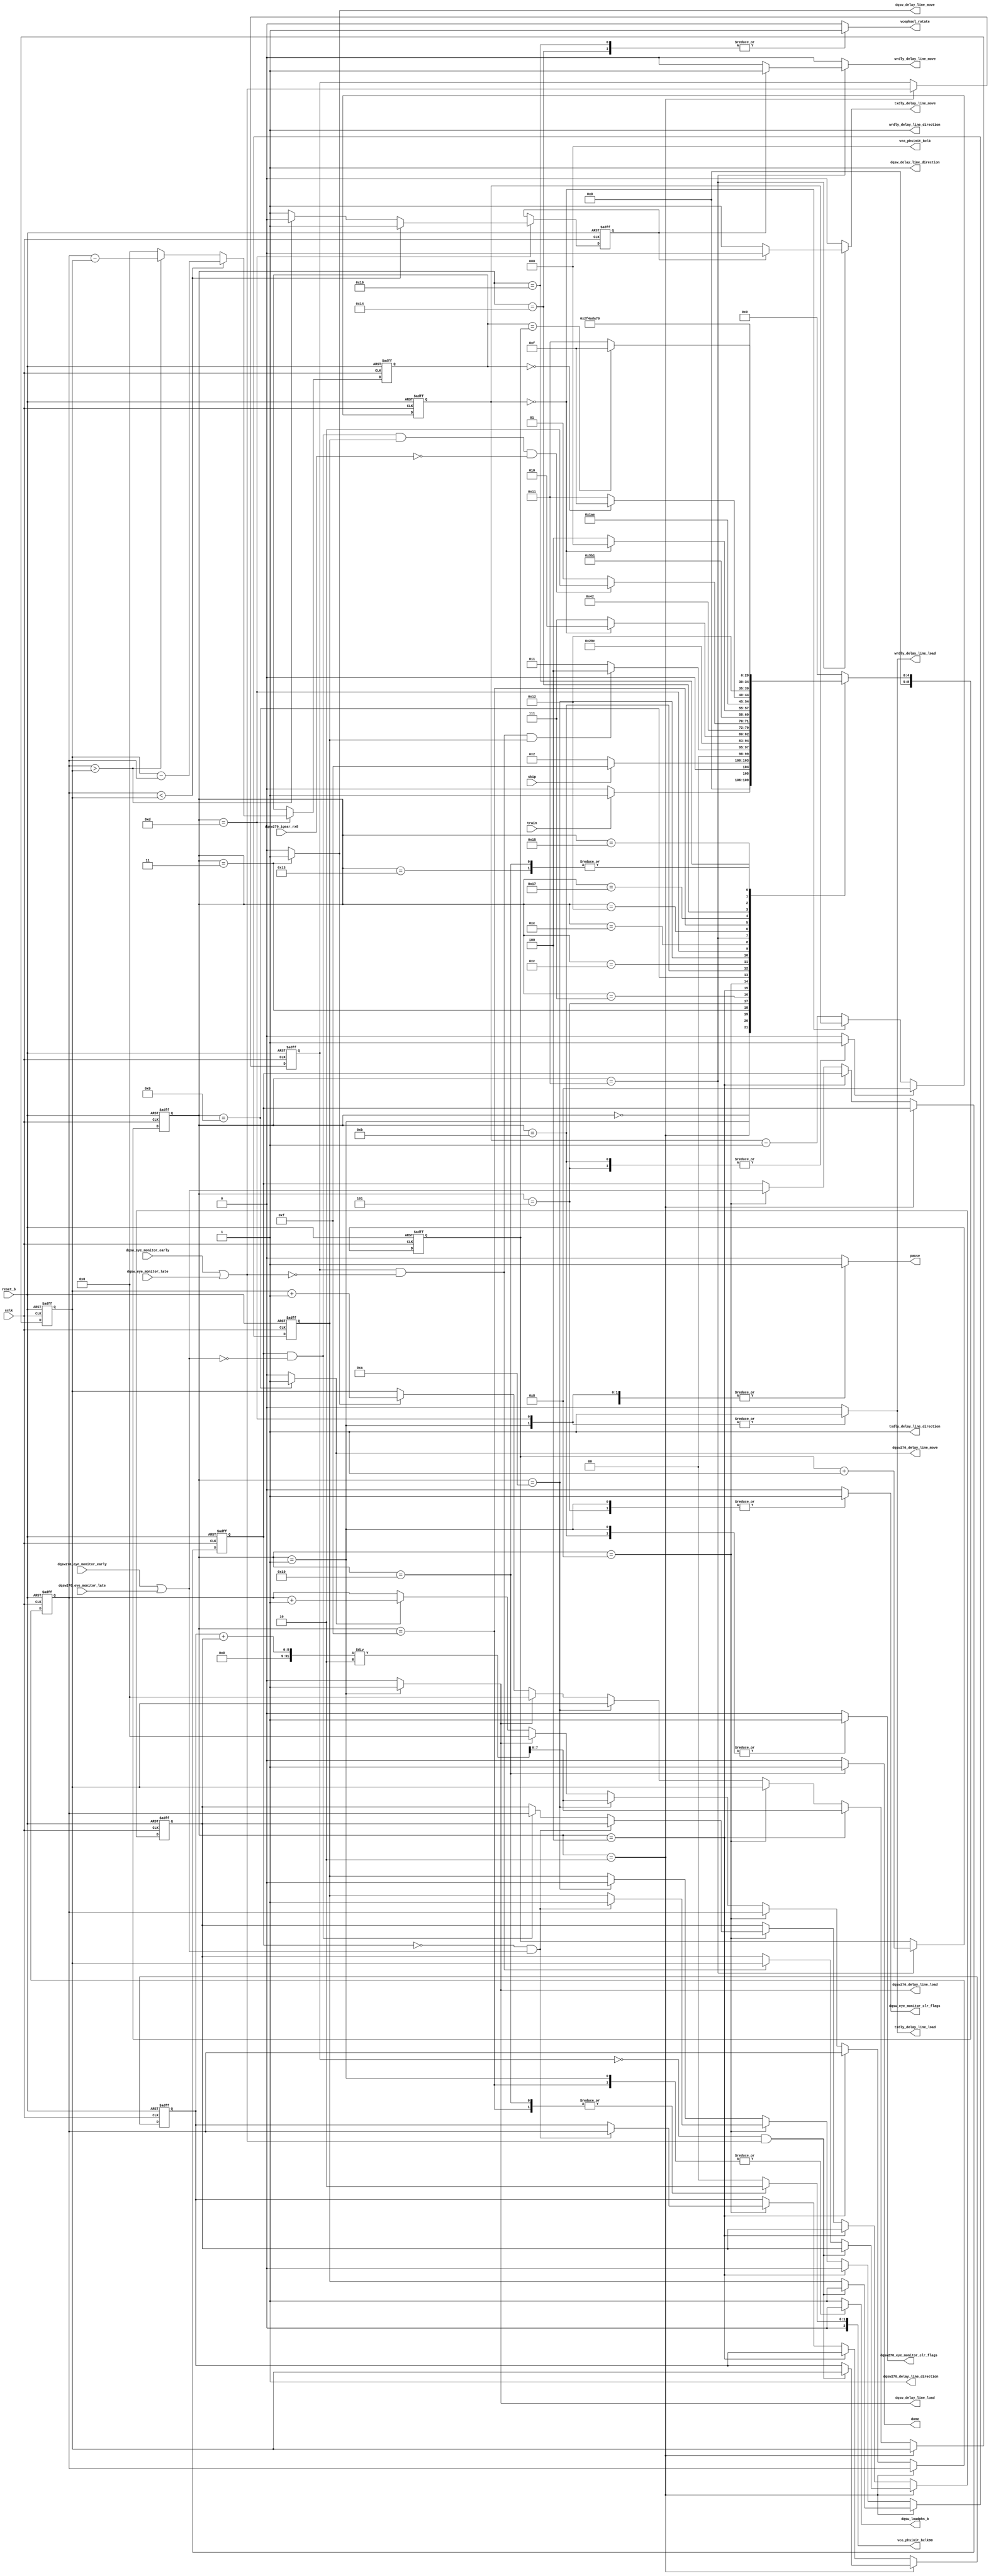
// *********************************************************************/ 
// Copyright (c) 2015 Microsemi Corporation.  All rights reserved.  
// 
// Any use or redistribution in part or in whole must be handled in 
// accordance with the Actel license agreement and must be approved 
// in advance in writing.  
//  
//     
// Description: training block for DQSW/DQSW270 to match delay between the two
//
// Notes:

// AS: Added 2/1/2016
//     Added new outputs for txdly and wrdly control
//     Added pause signal
// *********************************************************************/ 

module trn_dqsw (
  input                     sclk,
  input                     reset_b,
  input                     train,
  output reg               done,
  output reg         dqsw_loadphs_b,
  output reg             dqsw_eye_monitor_clr_flags,
  input              dqsw_eye_monitor_early,
  input              dqsw_eye_monitor_late,
  output reg             dqsw270_eye_monitor_clr_flags,
  input                 dqsw270_eye_monitor_early,
  input                 dqsw270_eye_monitor_late,
  output reg [2:0]        vco_phsinit_bclk,
  output reg [2:0]        vco_phsinit_bclk90,
  output reg             dqsw_delay_line_load,
  output reg             dqsw_delay_line_move,
  output reg             dqsw_delay_line_direction,
  output reg             dqsw270_delay_line_load,
  output reg             dqsw270_delay_line_move,
  output reg             dqsw270_delay_line_direction,
  output reg             wrdly_delay_line_load,
  output reg             wrdly_delay_line_move,
  output reg             wrdly_delay_line_direction,
  output reg             txdly_delay_line_load,
  output reg             txdly_delay_line_move,
  output reg             txdly_delay_line_direction,
  output reg             pause,
  output reg             vcophsel_rotate,
  input                  dqsw270_igear_rx8,
  // AS: added skip input
  input                  skip
  
);

// parameters
parameter [3:0] WAIT_COUNT = 4'h8;    // wait count for

// states
parameter SM_IDLE                       = 0;
parameter SM_LOAD                       = 1;
parameter SM_SWEEP_DQSW_START           = 2;
parameter SM_SWEEP_DQSW_MOVE            = 3;
parameter SM_SWEEP_DQSW_STORE           = 4;
parameter SM_SWEEP_DQSW_CLR_FLAGS       = 5;
parameter SM_SWEEP_DQSW_WAIT            = 7;
parameter SM_SWEEP_DQSW270_START        = 8;
parameter SM_SWEEP_DQSW270_MOVE         = 9;
parameter SM_SWEEP_DQSW270_STORE        = 10;
parameter SM_SWEEP_DQSW270_CLR_FLAGS    = 11;
parameter SM_SWEEP_DQSW270_WAIT         = 12;
parameter SM_CALCULATE_OFFSET           = 13;
parameter SM_CALCULATE_OFFSET_2         = 14;
parameter SM_RELOAD                     = 15;
parameter SM_DONE                       = 16;
parameter SM_SET_DELAY_MOVE             = 17;
parameter SM_SET_DELAY_WAIT             = 18;
parameter SM_PAUSE                      = 19;

// SAR 82438: added states for rotating twice instead
// of using vco_phsinit* signals
parameter SM_SET_PHS                    = 20;
parameter SM_SET_PHS_2                  = 21;
parameter SM_SET_PHS_3                  = 22;
parameter SM_WAIT_LOAD                  = 23;

// -------------------------------------------
// WIRES AND REGISTERS
// -------------------------------------------

reg [8:0] current_state;
reg [8:0] next_state;

// register for storing flag values
reg [7:0] tap_count_first, tap_count_last;
reg [7:0] tap_count_dqsw, tap_count_dqsw270;
reg [7:0] tap_offset, tap_offset_move_count;
reg dqsw_select;

wire dqsw_flag, dqsw270_flag;
reg dqsw_flag_reg, dqsw270_flag_reg;

reg noise_start;

// wait state counters for SM
reg [3:0] dly_cnt;
reg load_dly_cnt;

// -------------------------------------------
// INTERNAL SIGNAL ASSIGNMENTS
// -------------------------------------------

assign dqsw_flag = dqsw_eye_monitor_early | dqsw_eye_monitor_late;
assign dqsw270_flag = dqsw270_eye_monitor_early | dqsw270_eye_monitor_late;
// -------------------------------------------
// OUTPUT ASSIGNMENTS
// -------------------------------------------

always@(*)
begin : MOORE
  // output
  done = 1'b0;
  dqsw_loadphs_b = 1'b1;
  dqsw_eye_monitor_clr_flags = 1'b0;
  dqsw270_eye_monitor_clr_flags = 1'b0;
  vco_phsinit_bclk[2:0] = 3'b000;
  vco_phsinit_bclk90[2:0] = 3'b000;
  dqsw_delay_line_load = 1'b0;
  dqsw_delay_line_direction = 1'b1;
  dqsw270_delay_line_load = 1'b0;
  dqsw270_delay_line_direction = 1'b1;
  dqsw_delay_line_move = 1'b0;  
  dqsw270_delay_line_move = 1'b0;
  load_dly_cnt = 1'b0;
  wrdly_delay_line_load = 1'b0;
  wrdly_delay_line_move = 1'b0;
  wrdly_delay_line_direction = 1'b1;
  txdly_delay_line_load = 1'b0;
  txdly_delay_line_move = 1'b0;
  txdly_delay_line_direction = 1'b1;
  pause = 1'b0;
  vcophsel_rotate = 1'b0;
  
  case (current_state)
    SM_DONE:
      begin
        done = 1'b1;
        vco_phsinit_bclk90 = 3'b010; // 90 degree offset when done
      end
      
    SM_LOAD:
      begin
        dqsw_delay_line_load = 1'b1;
        dqsw270_delay_line_load = 1'b1;
        dqsw_loadphs_b = 1'b0;
        dqsw_eye_monitor_clr_flags = 1'b1;
        dqsw270_eye_monitor_clr_flags = 1'b1;
        wrdly_delay_line_load = 1'b1;
        txdly_delay_line_load = 1'b1;
        pause = 1'b1;
      end 
      
    SM_SWEEP_DQSW_MOVE:
      dqsw_delay_line_move = 1'b1;
    
    //SM_SWEEP_DQSW_STORE:
    //  tap_count_middle = (tap_count_first + tap_count_last) / 2;
      
    SM_SWEEP_DQSW_CLR_FLAGS:
    begin
      dqsw_eye_monitor_clr_flags = 1'b1;
      load_dly_cnt = 1'b1;
    end 
    
    
    SM_SWEEP_DQSW270_MOVE:
      dqsw270_delay_line_move = 1'b1;
    
    //SM_SWEEP_DQSW270_STORE:
    //  tap_count_middle = (tap_count_first + tap_count_last) / 2;
      
    SM_SWEEP_DQSW270_CLR_FLAGS:
    begin
      dqsw270_eye_monitor_clr_flags = 1'b1;
      load_dly_cnt = 1'b1;
    end 
    
    SM_SET_DELAY_MOVE:
    begin
      // select between wrdly (DQSW delay) and tsdly (DQSW270 delay)
      if (dqsw_select)
        wrdly_delay_line_move = 1'b1;
      else  
        txdly_delay_line_move = 1'b1;
    end
    
    SM_CALCULATE_OFFSET:
    begin
      wrdly_delay_line_load = 1'b1;
      txdly_delay_line_load = 1'b1;
      pause = 1'b1;
    end
    
    SM_PAUSE:
      pause = 1'b1;
    
    // SAR 82438: added states for rotating twice instead
    // of using vco_phsinit* signals
    SM_SET_PHS:
      vcophsel_rotate = 1'b1;
      
    SM_SET_PHS_3:
      vcophsel_rotate = 1'b1;
      
    SM_RELOAD:
    begin 
      vco_phsinit_bclk90 = 3'b010;
      dqsw_loadphs_b = 1'b0;
    end 
      
    
    // default:
    
  endcase
end


// -------------------------------------------
// STATE MACHINE COMBINATORIAL LOGIC
// -------------------------------------------

always @ (posedge sclk or negedge reset_b)
begin: SM
  if (!reset_b)
    current_state <= SM_IDLE;
  else
    current_state <= next_state;    
end

always@(*)
begin
  case (current_state)
    // AS: added skip option, goes right to LOAD + PHS adjust
    SM_IDLE:
      if (train==1'b1)
          next_state = SM_LOAD;
      else
          next_state = SM_IDLE;
    
    SM_LOAD:
        if (skip==1'b1)
            next_state = SM_RELOAD;
        else
            next_state = SM_SWEEP_DQSW_START;
    
    SM_SWEEP_DQSW_START: 
      if (dqsw_flag_reg && !dqsw_flag && noise_start)
        next_state = SM_SWEEP_DQSW_STORE;
      else 
        next_state = SM_SWEEP_DQSW_MOVE;
    
    SM_SWEEP_DQSW_MOVE:
      next_state = SM_SWEEP_DQSW_CLR_FLAGS;
    
    SM_SWEEP_DQSW_CLR_FLAGS:
       next_state = SM_SWEEP_DQSW_WAIT;
    
    SM_SWEEP_DQSW_WAIT:
      if (dly_cnt == 4'b000)
        next_state = SM_SWEEP_DQSW_START;
      else
        next_state = SM_SWEEP_DQSW_WAIT;

    SM_SWEEP_DQSW_STORE:
      next_state = SM_SWEEP_DQSW270_START;
    
    // AS: added dqsw270_igear_rx8 (RX data) to check for negedge/[posedge]
    SM_SWEEP_DQSW270_START: 
      if (dqsw270_flag_reg && !dqsw270_flag && noise_start && !dqsw270_igear_rx8)
        next_state = SM_SWEEP_DQSW270_STORE;
      else 
        next_state = SM_SWEEP_DQSW270_MOVE;
    
    SM_SWEEP_DQSW270_MOVE:
      next_state = SM_SWEEP_DQSW270_CLR_FLAGS;
    
    SM_SWEEP_DQSW270_CLR_FLAGS:
       next_state = SM_SWEEP_DQSW270_WAIT;
    
    SM_SWEEP_DQSW270_WAIT:
      if (dly_cnt == 4'b000)
        next_state = SM_SWEEP_DQSW270_START;
      else
        next_state = SM_SWEEP_DQSW270_WAIT;

    SM_SWEEP_DQSW270_STORE:
      next_state = SM_CALCULATE_OFFSET;
    
    SM_CALCULATE_OFFSET:
      next_state = SM_CALCULATE_OFFSET_2;
    
    SM_CALCULATE_OFFSET_2:
      if (tap_offset == 8'h00)
        next_state = SM_RELOAD;
      else
        next_state = SM_SET_DELAY_MOVE;

    
    SM_SET_DELAY_MOVE:
      next_state = SM_SET_DELAY_WAIT;
    
    SM_SET_DELAY_WAIT:
      if (tap_offset == tap_offset_move_count)
        next_state = SM_RELOAD;
      else
        next_state = SM_SET_DELAY_MOVE;
    
    SM_RELOAD:
      next_state = SM_WAIT_LOAD;
    
    SM_WAIT_LOAD:
      next_state = SM_SET_PHS;
    
    
    //  SAR 82438: additional states to put bclk90 90 degrees out of phase
    SM_PAUSE:
      next_state = SM_DONE;
      
    SM_SET_PHS:
      next_state = SM_SET_PHS_2;
      
    SM_SET_PHS_2:
      next_state = SM_SET_PHS_3;
      
    SM_SET_PHS_3:
      next_state = SM_PAUSE;
    
    SM_DONE:
      next_state = SM_DONE;

        
    default: next_state = SM_IDLE;
  endcase
end

// -------------------------------------------
// SYNCHRONOUS LOGIC
// -------------------------------------------

// various registers

// delay counter
always @ (posedge sclk or negedge reset_b)
begin: dly
  if (!reset_b)
    dly_cnt <= 4'h0;
  else
  begin
    if (load_dly_cnt)
      dly_cnt <= WAIT_COUNT;
    else if (dly_cnt == 4'h0)
      dly_cnt <= dly_cnt;
    else
      dly_cnt <= dly_cnt - 4'h1;
  end
end

// tap tracking for DQSW and DQSW270
// flag storage
// offset calculation
always @ (posedge sclk or negedge reset_b)
begin: move
  if (!reset_b)
  begin
    noise_start <= 1'b0;
    tap_count_dqsw <= 8'h00;
    tap_count_dqsw270 <= 8'h00;
    dqsw_flag_reg <= 1'b1;
    dqsw270_flag_reg <= 1'b1;
    tap_count_first <= 8'h00;
    tap_count_last <= 8'h00;
    dqsw_select <= 1'b0;
    tap_offset <= 8'h00;
    tap_offset_move_count <= 8'h00;
  end
  else
  begin
  
    // only store when flags are valid (DQSW_
    if (current_state == SM_SWEEP_DQSW_START)
    begin
      dqsw_flag_reg <= dqsw_flag;
      if (!dqsw_flag_reg && dqsw_flag) // 0 --> 1, start of noisy area
      begin
        tap_count_first <= tap_count_dqsw;
        noise_start <= 1'b1;
      end
      else if (dqsw_flag_reg && !dqsw_flag) // 1 --> 0, end of noisy area
        tap_count_last <= tap_count_dqsw;
    end
    else if (current_state == SM_SWEEP_DQSW_STORE)
    begin
      // tap_count_dqsw <= tap_count_middle;
      tap_count_dqsw <= (tap_count_first + tap_count_last) / 2;
      noise_start <= 1'b0;
    end
    else if (current_state == SM_SWEEP_DQSW270_START)
    begin
      dqsw270_flag_reg <= dqsw270_flag;
      if (!dqsw270_flag_reg && dqsw270_flag) // 0 --> 1, start of noisy area
      begin
        tap_count_first <= tap_count_dqsw270;
        noise_start <= 1'b1;
      end
      else if (dqsw270_flag_reg && !dqsw270_flag) // 1 --> 0, end of noisy area
        tap_count_last <= tap_count_dqsw270;
    end
    else if (current_state == SM_SWEEP_DQSW270_STORE)
    begin
      //tap_count_dqsw270 <= tap_count_middle;
      tap_count_dqsw270 <= (tap_count_first + tap_count_last) / 2;
      noise_start <= 1'b0;
    end
    else
    begin
      // AS: added this else block to prevent
      //     race condition on tap_count_dqsw* signals
      
      // tap counts for DQSW
      if (dqsw_delay_line_load == 1'b1)
        tap_count_dqsw <= 8'h00;
      else if (dqsw_delay_line_move == 1'b1)
        tap_count_dqsw <= tap_count_dqsw + 1;
      else 
        tap_count_dqsw <= tap_count_dqsw;
        
      // tap counts for DQSW270
      if (dqsw270_delay_line_load == 1'b1)
        tap_count_dqsw270 <= 8'h00;  
      else if (dqsw270_delay_line_move == 1'b1)
        tap_count_dqsw270 <= tap_count_dqsw270 + 1;
      else
        tap_count_dqsw270 <= tap_count_dqsw270;
        
    end
    
    // calculate offset when we're done, set appropriate flag values
    if (current_state == SM_CALCULATE_OFFSET)
    begin
      if (tap_count_dqsw270 < tap_count_dqsw)
      begin
        dqsw_select <= 1'b1;
        tap_offset <= tap_count_dqsw - tap_count_dqsw270;
      end
      else if (tap_count_dqsw270 > tap_count_dqsw)
      begin
        dqsw_select <= 1'b0;
        tap_offset <= tap_count_dqsw270 - tap_count_dqsw;
      end
      else
      begin
        dqsw_select <= 1'b1;
        tap_offset <= 8'h00;
      end 
    end
  
    if (current_state == SM_SET_DELAY_MOVE)
      tap_offset_move_count <= tap_offset_move_count + 1;
      
   
  end
end


endmodule